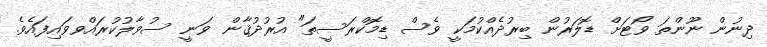
ދިނުން ނޫންތަ ވޯޓަށް ޑޮލަރުން ބިރުދެއްކުމަކީ ވެސް ޑިމޮކްރަސީތަ" އުރުދުޤާން ވަނީ ސުވާލުކުރައްވވައިފައެވެ.